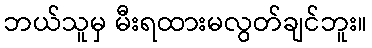
ဘယ်သူမှ မီးရထားမလွတ်ချင်ဘူး။